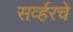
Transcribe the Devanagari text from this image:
सर्व्हरचे